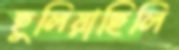
ছুলিয়াছিলি